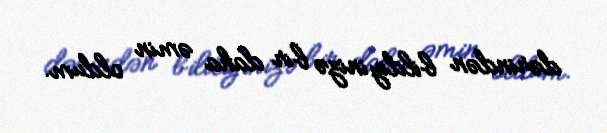
dərindən bildiyinizə bir daha əmin oldum.